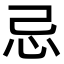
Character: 忌